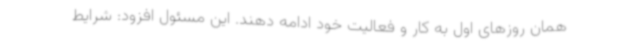
همان روزهای اول به کار و فعالیت خود ادامه دهند. این مسئول افزود: شرایط